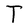
Character: T